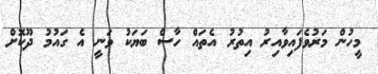
މީހުން މަރުވެފައިވާއިރު އިތުރު އެތައް ހާސް ބަޔަކު ވަނީ އެ ގައުމު ދޫކޮށް